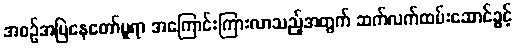
အစဉ်အမြဲနေတော်မူရာ အကြောင်းကြားလာသည့်အတွက် ဆက်လက်ထမ်းဆောင်ခွင့်